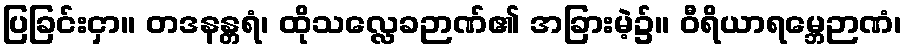
ပြခြင်းငှာ။ တဒနန္တရံ၊ ထိုသလ္လေခဉာဏ်၏ အခြားမဲ့၌။ ဝီရိယာရမ္ဘေဉာဏံ၊